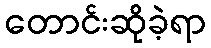
တောင်းဆိုခဲ့ရာ